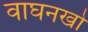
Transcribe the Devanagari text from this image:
वाघनखो